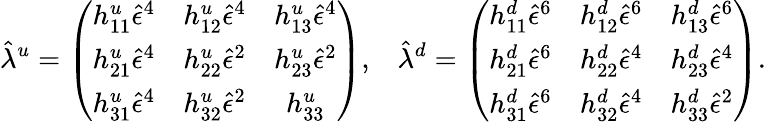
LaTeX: \hat{\lambda}^{u}=\left(\begin{array}{ccc}{{h_{11}^{u}\hat{\epsilon}^{4}}}&{{h_{12}^{u}\hat{\epsilon}^{4}}}&{{h_{13}^{u}\hat{\epsilon}^{4}}}\\ {{h_{21}^{u}\hat{\epsilon}^{4}}}&{{h_{22}^{u}\hat{\epsilon}^{2}}}&{{h_{23}^{u}\hat{\epsilon}^{2}}}\\ {{h_{31}^{u}\hat{\epsilon}^{4}}}&{{h_{32}^{u}\hat{\epsilon}^{2}}}&{{h_{33}^{u}}}\end{array}\right),\; \; \; \hat{\lambda}^{d}=\left(\begin{array}{ccc}{{h_{11}^{d}\hat{\epsilon}^{6}}}&{{h_{12}^{d}\hat{\epsilon}^{6}}}&{{h_{13}^{d}\hat{\epsilon}^{6}}}\\ {{h_{21}^{d}\hat{\epsilon}^{6}}}&{{h_{22}^{d}\hat{\epsilon}^{4}}}&{{h_{23}^{d}\hat{\epsilon}^{4}}}\\ {{h_{31}^{d}\hat{\epsilon}^{6}}}&{{h_{32}^{d}\hat{\epsilon}^{4}}}&{{h_{33}^{d}\hat{\epsilon}^{2}}}\end{array}\right).